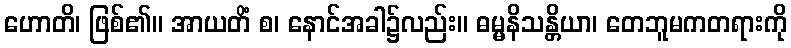
ဟောတိ၊ ဖြစ်၏။ အာယတိံ စ၊ နောင်အခါ၌လည်း။ ဓမ္မနိသန္တိယာ၊ တေဘူမကတရားကို